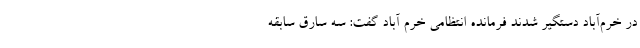
در خرم‌آباد دستگیر شدند فرمانده انتظامی خرم آباد گفت: سه سارق سابقه